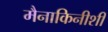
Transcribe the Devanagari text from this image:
मैनाकिनीशी